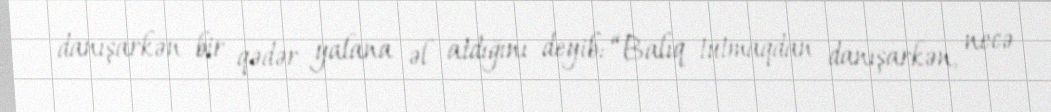
danışarkən bir qədər yalana əl atdığını deyib: “Balıq tutmaqdan danışarkən, necə